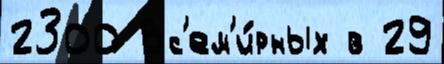
2300 Вс'ем'и́рных в 29